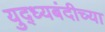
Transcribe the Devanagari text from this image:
युद्ध्यबंदीच्या